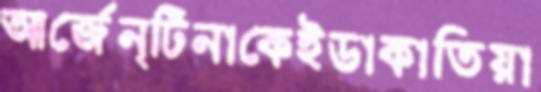
আর্জেন্টিনাকেইডাকাতিয়া